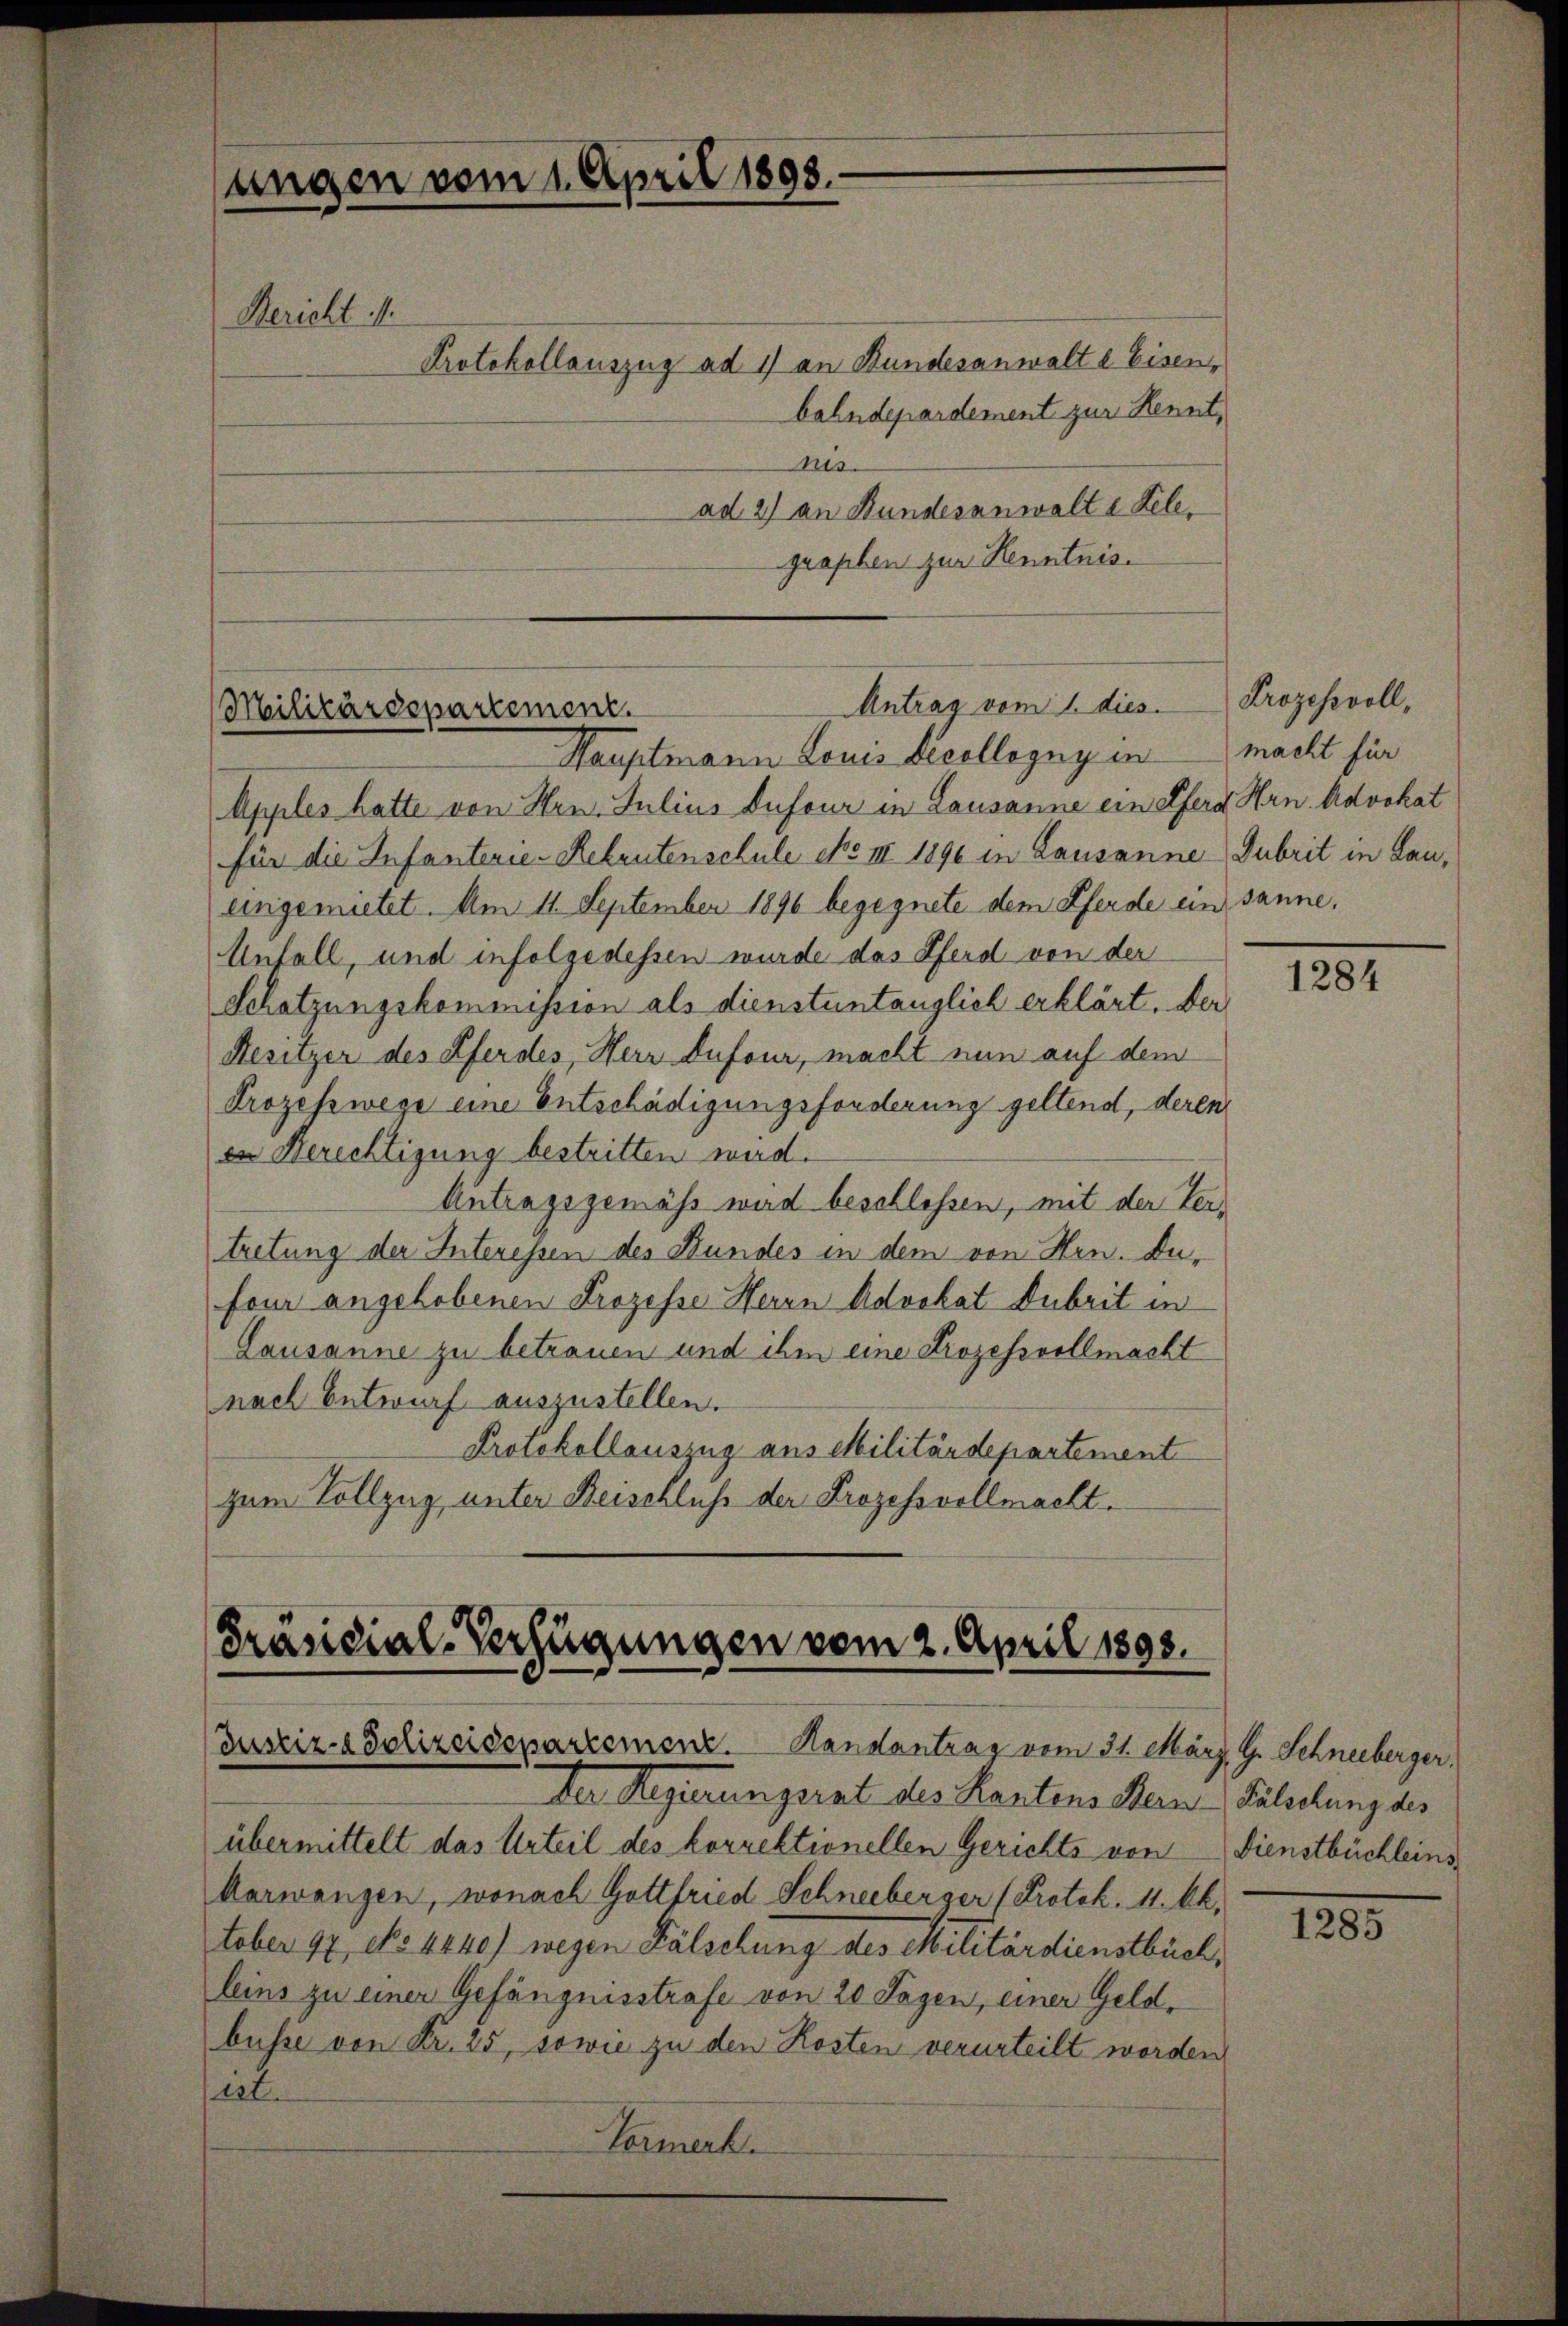
Apples hatte von Hrn. Julius Dufour in Lausanne ein Pferd Hrn. Advokat
für die Infanterie-Rekrutenschule No III 1890 in Lausanne Gubrit in Laueingemietet. Am 11. September 1896 begegnete dem Pferde ein sanne,
Anfall, und infolgedessen wurde das Pferd von der
Schatzungskommission als dienstuntauglich erklärt. Der
Besitzer des Pferdes, Herr Dufour, macht nun auf dem
Prozesswege eine Entschädigungsfonderung geltend, deren
en Berichtigung bestritten wird.
Antragsgemäss wird beschlossen, mit der Vertretung der Interessen des Bundes in dem von Hrn. Dafour angehobenen Prozesse Herrn Advokat Dubrit in
Lausanne zu betrauen und ihm eine Prozessvollmacht
nach Entwurf auszustellen.
Protokollauszug aus Militärdepartement
zum Vollzug unter Beischluss der Prozessvollmacht.

ungen vom 1. April 1898.
Bericht M.
Protokollauszug ad 1) an Bundesanwalte Eisen,
ns.

bahndepardement zur Kennt,
ad 2) an Bundesanwalte Belegraphen zur Kenntnis.

Antrag vom 1. dies
Militärdepartement.
Hauptmann Louis Decollogny in macht für

Präsidial-Verfügungen vom 2. April 1893.
Justiz- & Polizeisepartemenz. Handantrag vom 31. März, G. Schneeberger,

der Regierungsrat des Kantons Bern Fälschung des
übermittelt das Urteil des korrektionellen Gerichts von Dienstbüchleins
Aarwangen, wonach Gottfried Schneeberger (Protok. 11. kk.
tober 97 No 4440) wegen Fälschung des Militärdienstbuch,
leins zu einer Gefängnisstrafe von 20 Tagen, einer Geldbusse von Kr. 25, sowie zu den Kosten verurteilt worden,
sirt.
Vormerk

Prozessvoll,

1284

1205